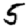
Digit: 5